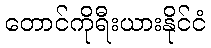
တောင်ကိုရီးယားနိုင်ငံ